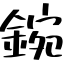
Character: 鋺